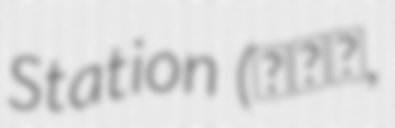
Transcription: Station (市場駅,